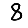
Digit: 8